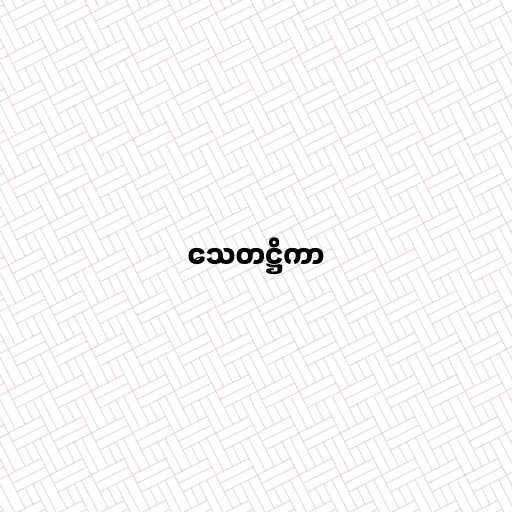
သေတဋ္ဌိကာ